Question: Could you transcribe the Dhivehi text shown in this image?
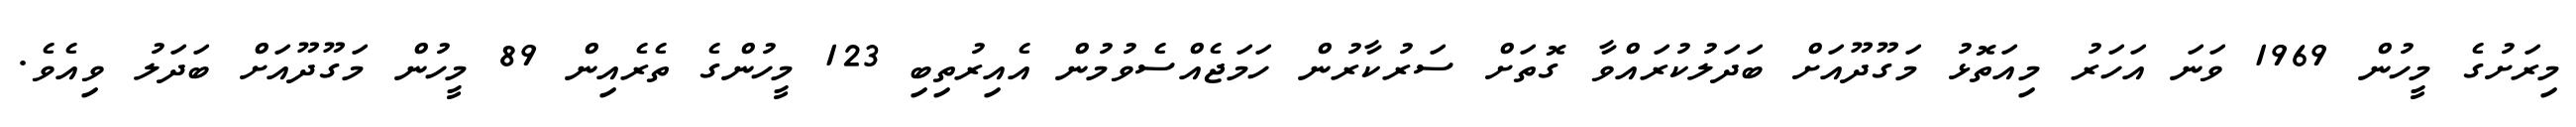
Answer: މިރަށުގެ މީހުން 1969 ވަނަ އަހަރު މިއަތޮޅު މަގޫދޫއަށް ބަދަލުކުރައްވާ ގޮތަށް ސަރުކާރުން ހަމަޖެއްސެވުމުން އެއިރުތިބި 123 މީހުންގެ ތެރެއިން 89 މީހުން މަގޫދޫއަށް ބަދަލު ވިއެވެ.